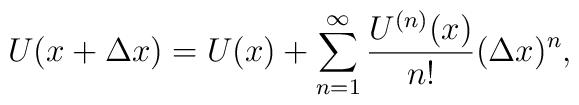
U(x+\Delta x)=U(x)+\sum_{n=1}^{\infty}  \frac{U^{(n)}(x)}{n!} (\Delta x)^{n},